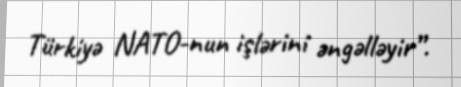
Türkiyə NATO-nun işlərini əngəlləyir”.